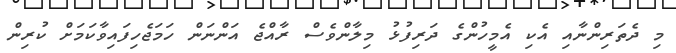
މި ދެތަރިންނާއި އެކި އެމީހުންގެ ދަރިފުޅު މިލާންވެސް ރާއްޖެ އަންނަން ހަމަޖެހިފައިވާކަމަށް ކުރިން